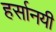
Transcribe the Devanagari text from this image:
हर्सानयी